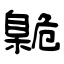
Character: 臲